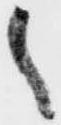
之